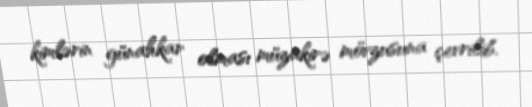
kimlərin günahkar olması müzakirə mövzusuna çevrilib.